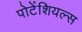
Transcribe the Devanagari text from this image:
पोटेंशियल्स